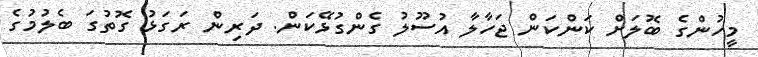
މީހުންގެ ބޮލަށް ކަންކަން ޖަހާލާ އުސޫލު ގެންގުޅޭކަން. ދަރިން ރަގަޅު ގޮތުގަ ބެލުމުގެ